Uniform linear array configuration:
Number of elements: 24
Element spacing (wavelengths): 1
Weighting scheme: cosine
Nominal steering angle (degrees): -60
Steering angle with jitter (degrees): -59.955
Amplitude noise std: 0.05
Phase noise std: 0.05

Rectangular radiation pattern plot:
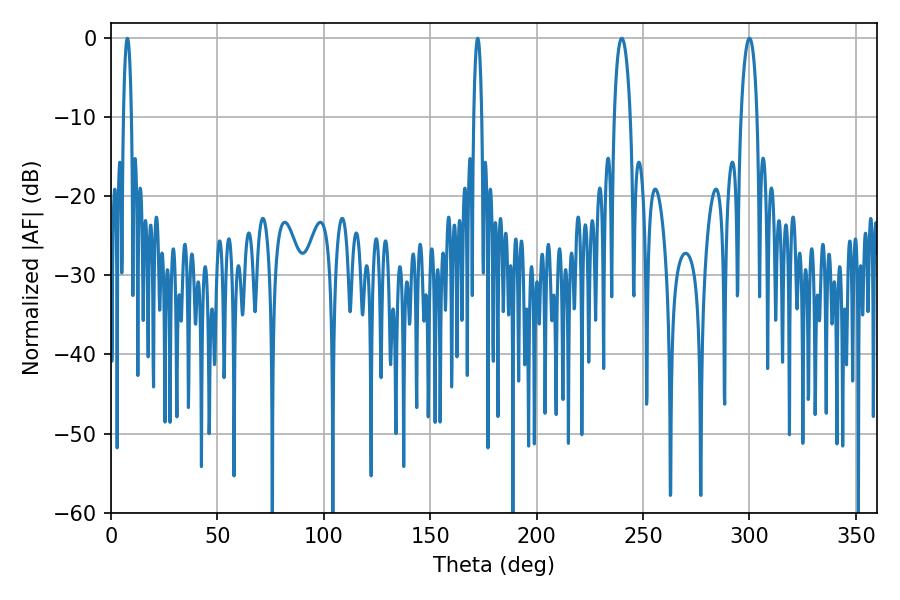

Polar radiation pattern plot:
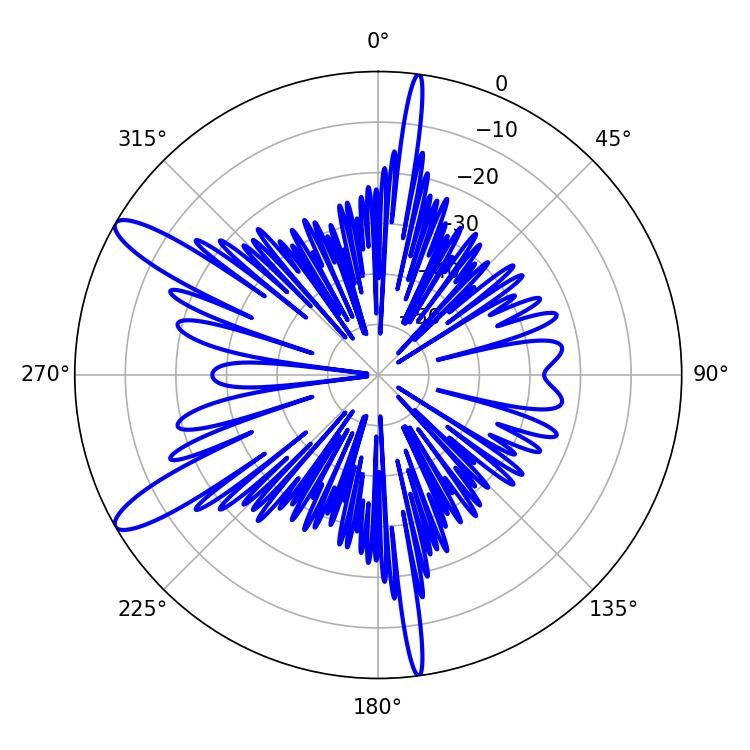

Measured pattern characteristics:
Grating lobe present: TRUE
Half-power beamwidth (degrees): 4.32
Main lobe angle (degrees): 239.94